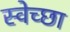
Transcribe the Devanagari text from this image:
स्‍वेच्‍छा